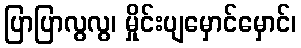
ပြာပြာလွလွ၊ မှိုင်းပျမှောင်မှောင်၊